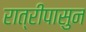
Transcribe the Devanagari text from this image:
रात्रीपासुन